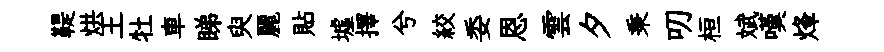
鞮烘王牡車睇臾麗貼墟擇兮絞委恩雲夕秉叨桓斌嘆烽